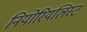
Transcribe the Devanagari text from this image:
नियोरियलिस्ट